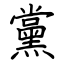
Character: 黨